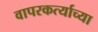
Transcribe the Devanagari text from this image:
वापरकर्त्याच्या